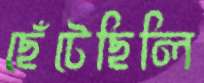
ছেঁটেছিলি